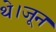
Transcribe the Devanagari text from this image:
थे।जून